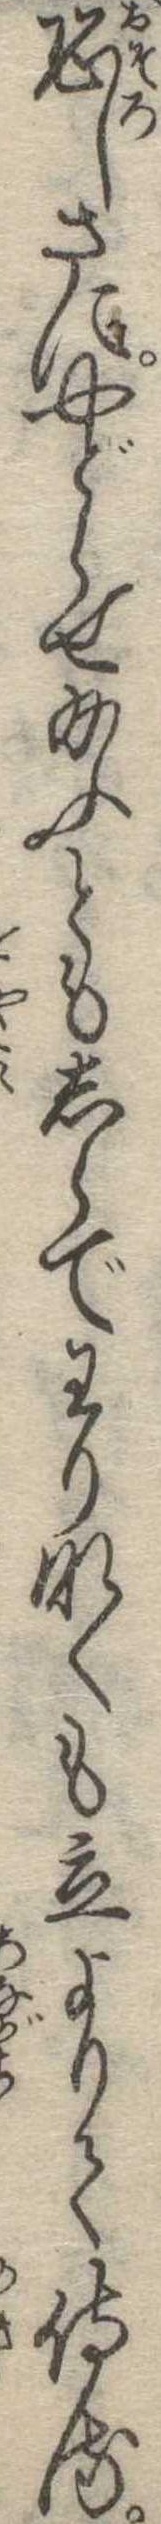
恐しさにやどらせ給ふともしらでわりなくも立よりて侍る